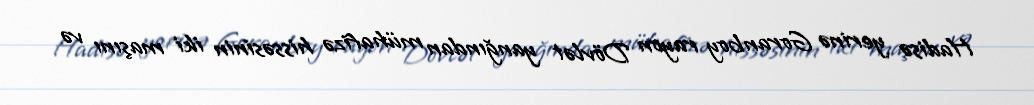
Hadisə yerinə Goranboy rayon Dövlət yanğından mühafizə hissəsinin iki maşını və